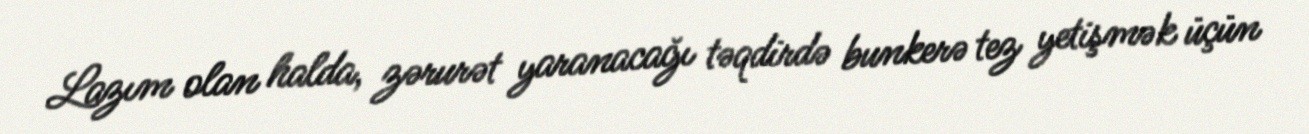
Lazım olan halda, zərurət yaranacağı təqdirdə bunkerə tez yetişmək üçün